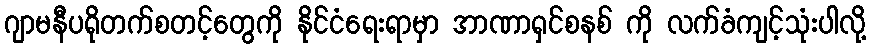
ဂျာမနီပရိုတက်စတင့်တွေကို နိုင်ငံရေးရာမှာ အာဏာရှင်စနစ် ကို လက်ခံကျင့်သုံးပါလို့